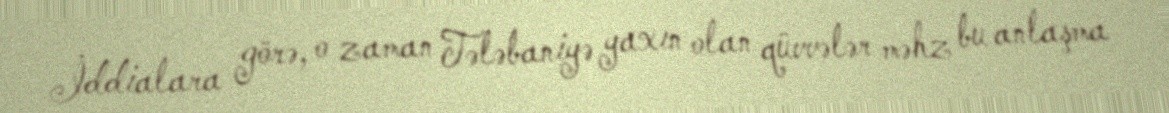
İddialara görə, o zaman Tələbaniyə yaxın olan qüvvələr məhz bu anlaşma